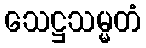
သေဋ္ဌသမ္မတံ